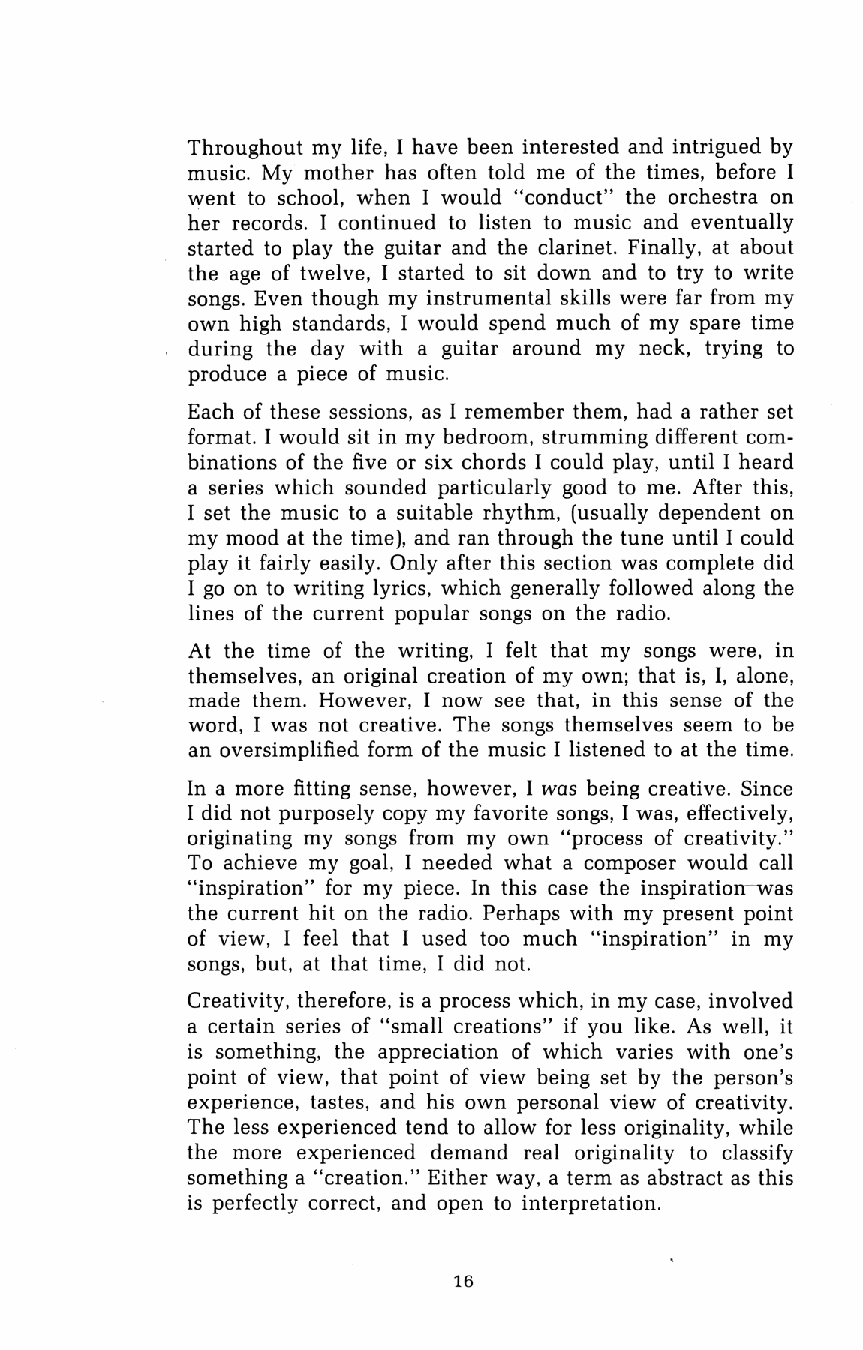
Throughout my life, I have been interested and intrigued by
 music. My mother has often told me of the times, before I
 went to school, when I would "conduct" the orchestra on
 her records. I continued to listen to music and eventually
 started to play the guitar and the clarinet. Finally, at about
 the age of twelve, I started to sit down and to try to write
 songs. Even though my instrumental skills were far from my
 own high standards, I would spend much of my spare time
 during the day with a guitar around my neck, trying to
 produce a piece of music.
 Each of these sessions, as I remember them, had a rather set
 format. I would sit in my bedroom, strumming different com
 binations of the five or six chords I could play, until I heard
 a series which sounded particularly good to me. After this,
 I set the music to a suitable rhythm, (usually dependent on
 my mood at the time), and ran through the tune until I could
 play it fairly easily. Only after this section was complete did
 I go on to writing lyrics, which generally followed along the
 lines of the current popular songs on the radio.
 At the time of the writing, I felt that my songs were, in
 themselves, an original creation of my own; that is, I, alone,
 made them. However, I now see that, in this sense of the
 word, I was not creative. The songs themselves seem to be
 an oversimplified form of the music I listened to at the time.
 In a more fitting sense, however, I was being creative. Since
 I did not purposely copy my favorite songs, I was, effectively,
 originating my songs from my own "process of creativity."
 To achieve my goal, I needed what a composer would call
 "inspiration" for my piece. In this case the inspiration-was
 the current hit on the radio. Perhaps with my present point
 of view, I feel that I used too much "inspiration" in my
 songs, but, at that time, I did not.
 Creativity, therefore, is a process which, in my case, involved
 a certain series of "small creations" if you like. As well, it
 is something, the appreciation of which varies with one's
 point of view, that point of view being set by the person's
 experience, tastes, and his own personal view of creativity.
 The less experienced tend to allow for less originality, while
 the more experienced demand real originality to classify
 something a "creation." Either way, a term as abstract as this
 is perfectly correct, and open to interpretation.
 16